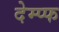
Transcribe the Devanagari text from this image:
देम्प्फ